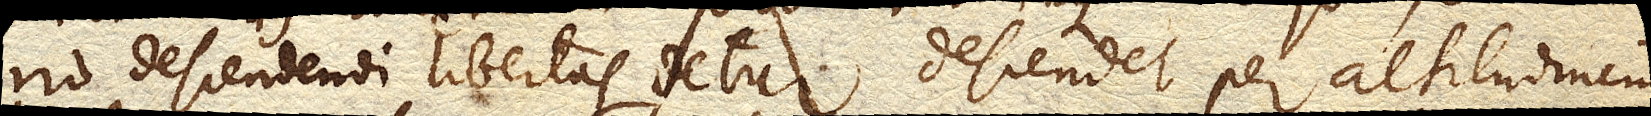
rio descendendi libertas detur descendet per altitudinem